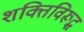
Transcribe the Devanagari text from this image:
शक्तिविरूद्ध